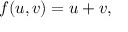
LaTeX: f ( u , v ) = u + v ,